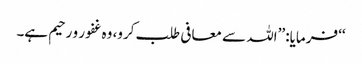
‘‘ فرمایا: ’’اللہ سے معافی طلب کرو، وہ غفور و رحیم ہے۔